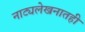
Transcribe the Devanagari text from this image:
नाट्यलेखनातही